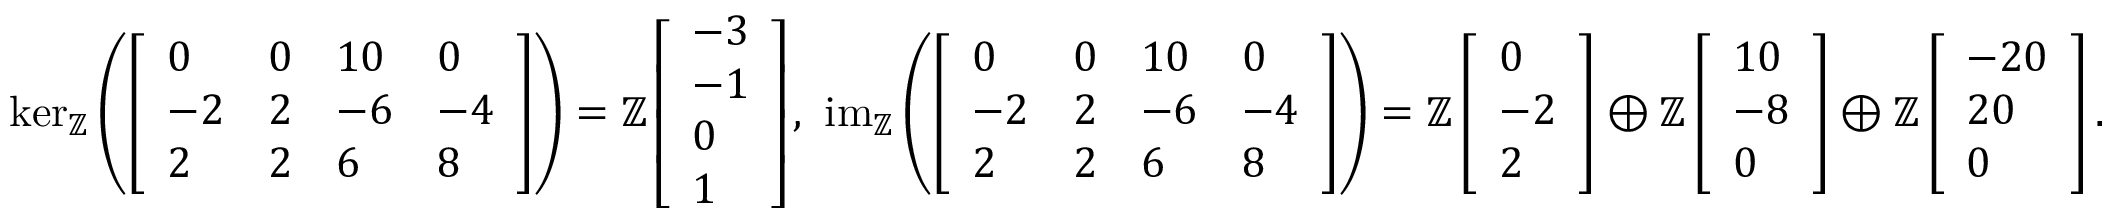
\begin{array} { r } { \ker _ { \mathbb { Z } } \left( \left[ \begin{array} { l l l l } { 0 } & { 0 } & { 1 0 } & { 0 } \\ { - 2 } & { 2 } & { - 6 } & { - 4 } \\ { 2 } & { 2 } & { 6 } & { 8 } \end{array} \right] \right) = \mathbb { Z } \left[ \begin{array} { l } { - 3 } \\ { - 1 } \\ { 0 } \\ { 1 } \end{array} \right] , \ \operatorname { i m } _ { \mathbb { Z } } \left( \left[ \begin{array} { l l l l } { 0 } & { 0 } & { 1 0 } & { 0 } \\ { - 2 } & { 2 } & { - 6 } & { - 4 } \\ { 2 } & { 2 } & { 6 } & { 8 } \end{array} \right] \right) = \mathbb { Z } \left[ \begin{array} { l } { 0 } \\ { - 2 } \\ { 2 } \end{array} \right] \oplus \mathbb { Z } \left[ \begin{array} { l } { 1 0 } \\ { - 8 } \\ { 0 } \end{array} \right] \oplus \mathbb { Z } \left[ \begin{array} { l } { - 2 0 } \\ { 2 0 } \\ { 0 } \end{array} \right] . } \end{array}